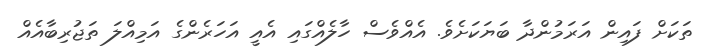
ތަކަށް ފައިން އަރަމުންދާ ބަޔަކަށެވެ. އެއްވެސް ހާލެއްގައި އެއީ އަހަރެންގެ އަމިއްލަ ތަޖުރިބާއެއް